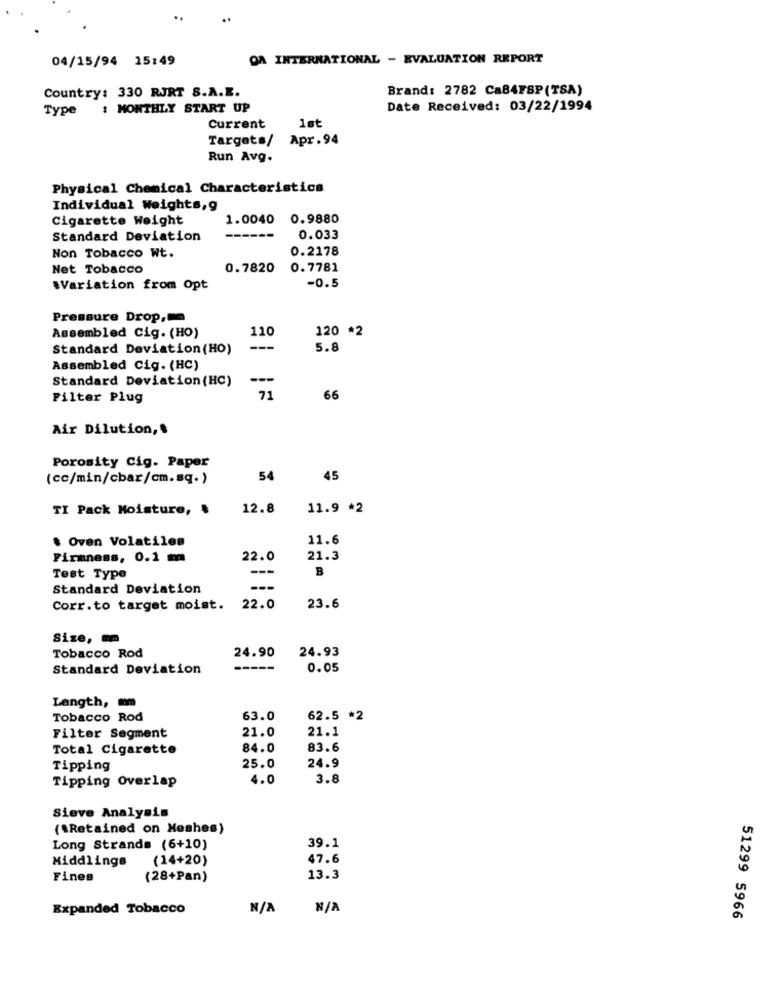
04/15/94 15:49
QA INTERNATIONAL - EVALUATION REPORT
Brand: 2782 Ca84FSP(TSA)
Country: 330 RJRT S.A.E.
Type
: MONTHLY START UP
Date Received: 03/22/1994
Current
1st
Targets/
Apr.94
Run Avg.
Physical Chemical Characteristics
Individual Weights,g
Cigarette Weight
1.0040 0.9880
Standard Deviation
----
0.033
0.2178
Non Tobacco Wt.
Net Tobacco
0.7820
0.7781
-0.5
WVariation from Opt
Pressure Drop,mm
110
120 *2
Assembled Cig. (HO)
Standard Deviation (HO)
---
5.8
Assembled Cig. (HC)
Standard Deviation (HC)
Filter Plug
71
66
Air Dilution ,.
Porosity Cig. Paper
(cc/min/cbar/cm.sq.)
54
45
TI Pack Moisture,
12.8
11.9 *2
. Oven Volatiles
11.6
Firmness, 0.1 m
22.0
21.3
---
B
Test Type
Standard Deviation
---
Corr.to target moist.
22.0
23.6
Size, m
24.90
24.93
Tobacco Rod
Standard Deviation
0.05
Length, mm
Tobacco Rod
63.0
62.5 *2
21.0
21.1
Filter Segment
Total Cigarette
84.0
83.6
Tipping
25.0
24.9
Tipping Overlap
4.0
3.8
Sieve Analysis
(\Retained on Meshes)
39.1
Long Strands (6+10)
(14+20)
47.6
Middlings
Fines
(28+Pan)
13.3
Expanded Tobacco
51299 5966